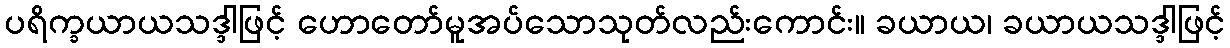
ပရိက္ခယာယသဒ္ဒါဖြင့် ဟောတော်မူအပ်သောသုတ်လည်းကောင်း။ ခယာယ၊ ခယာယသဒ္ဒါဖြင့်